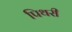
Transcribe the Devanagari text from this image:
पिथरी